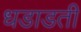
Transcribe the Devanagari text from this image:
धडाडती